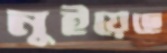
নুইয়েছে